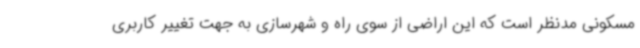
مسکونی مدنظر است که این اراضی از سوی راه و شهرسازی به جهت تغییر کاربری